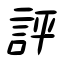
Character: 評